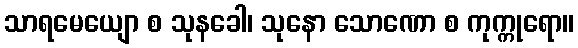
သာရမေယျော စ သုနခေါ၊ သုနော သောဏော စ ကုက္ကုရော။